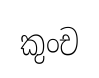
කුංච